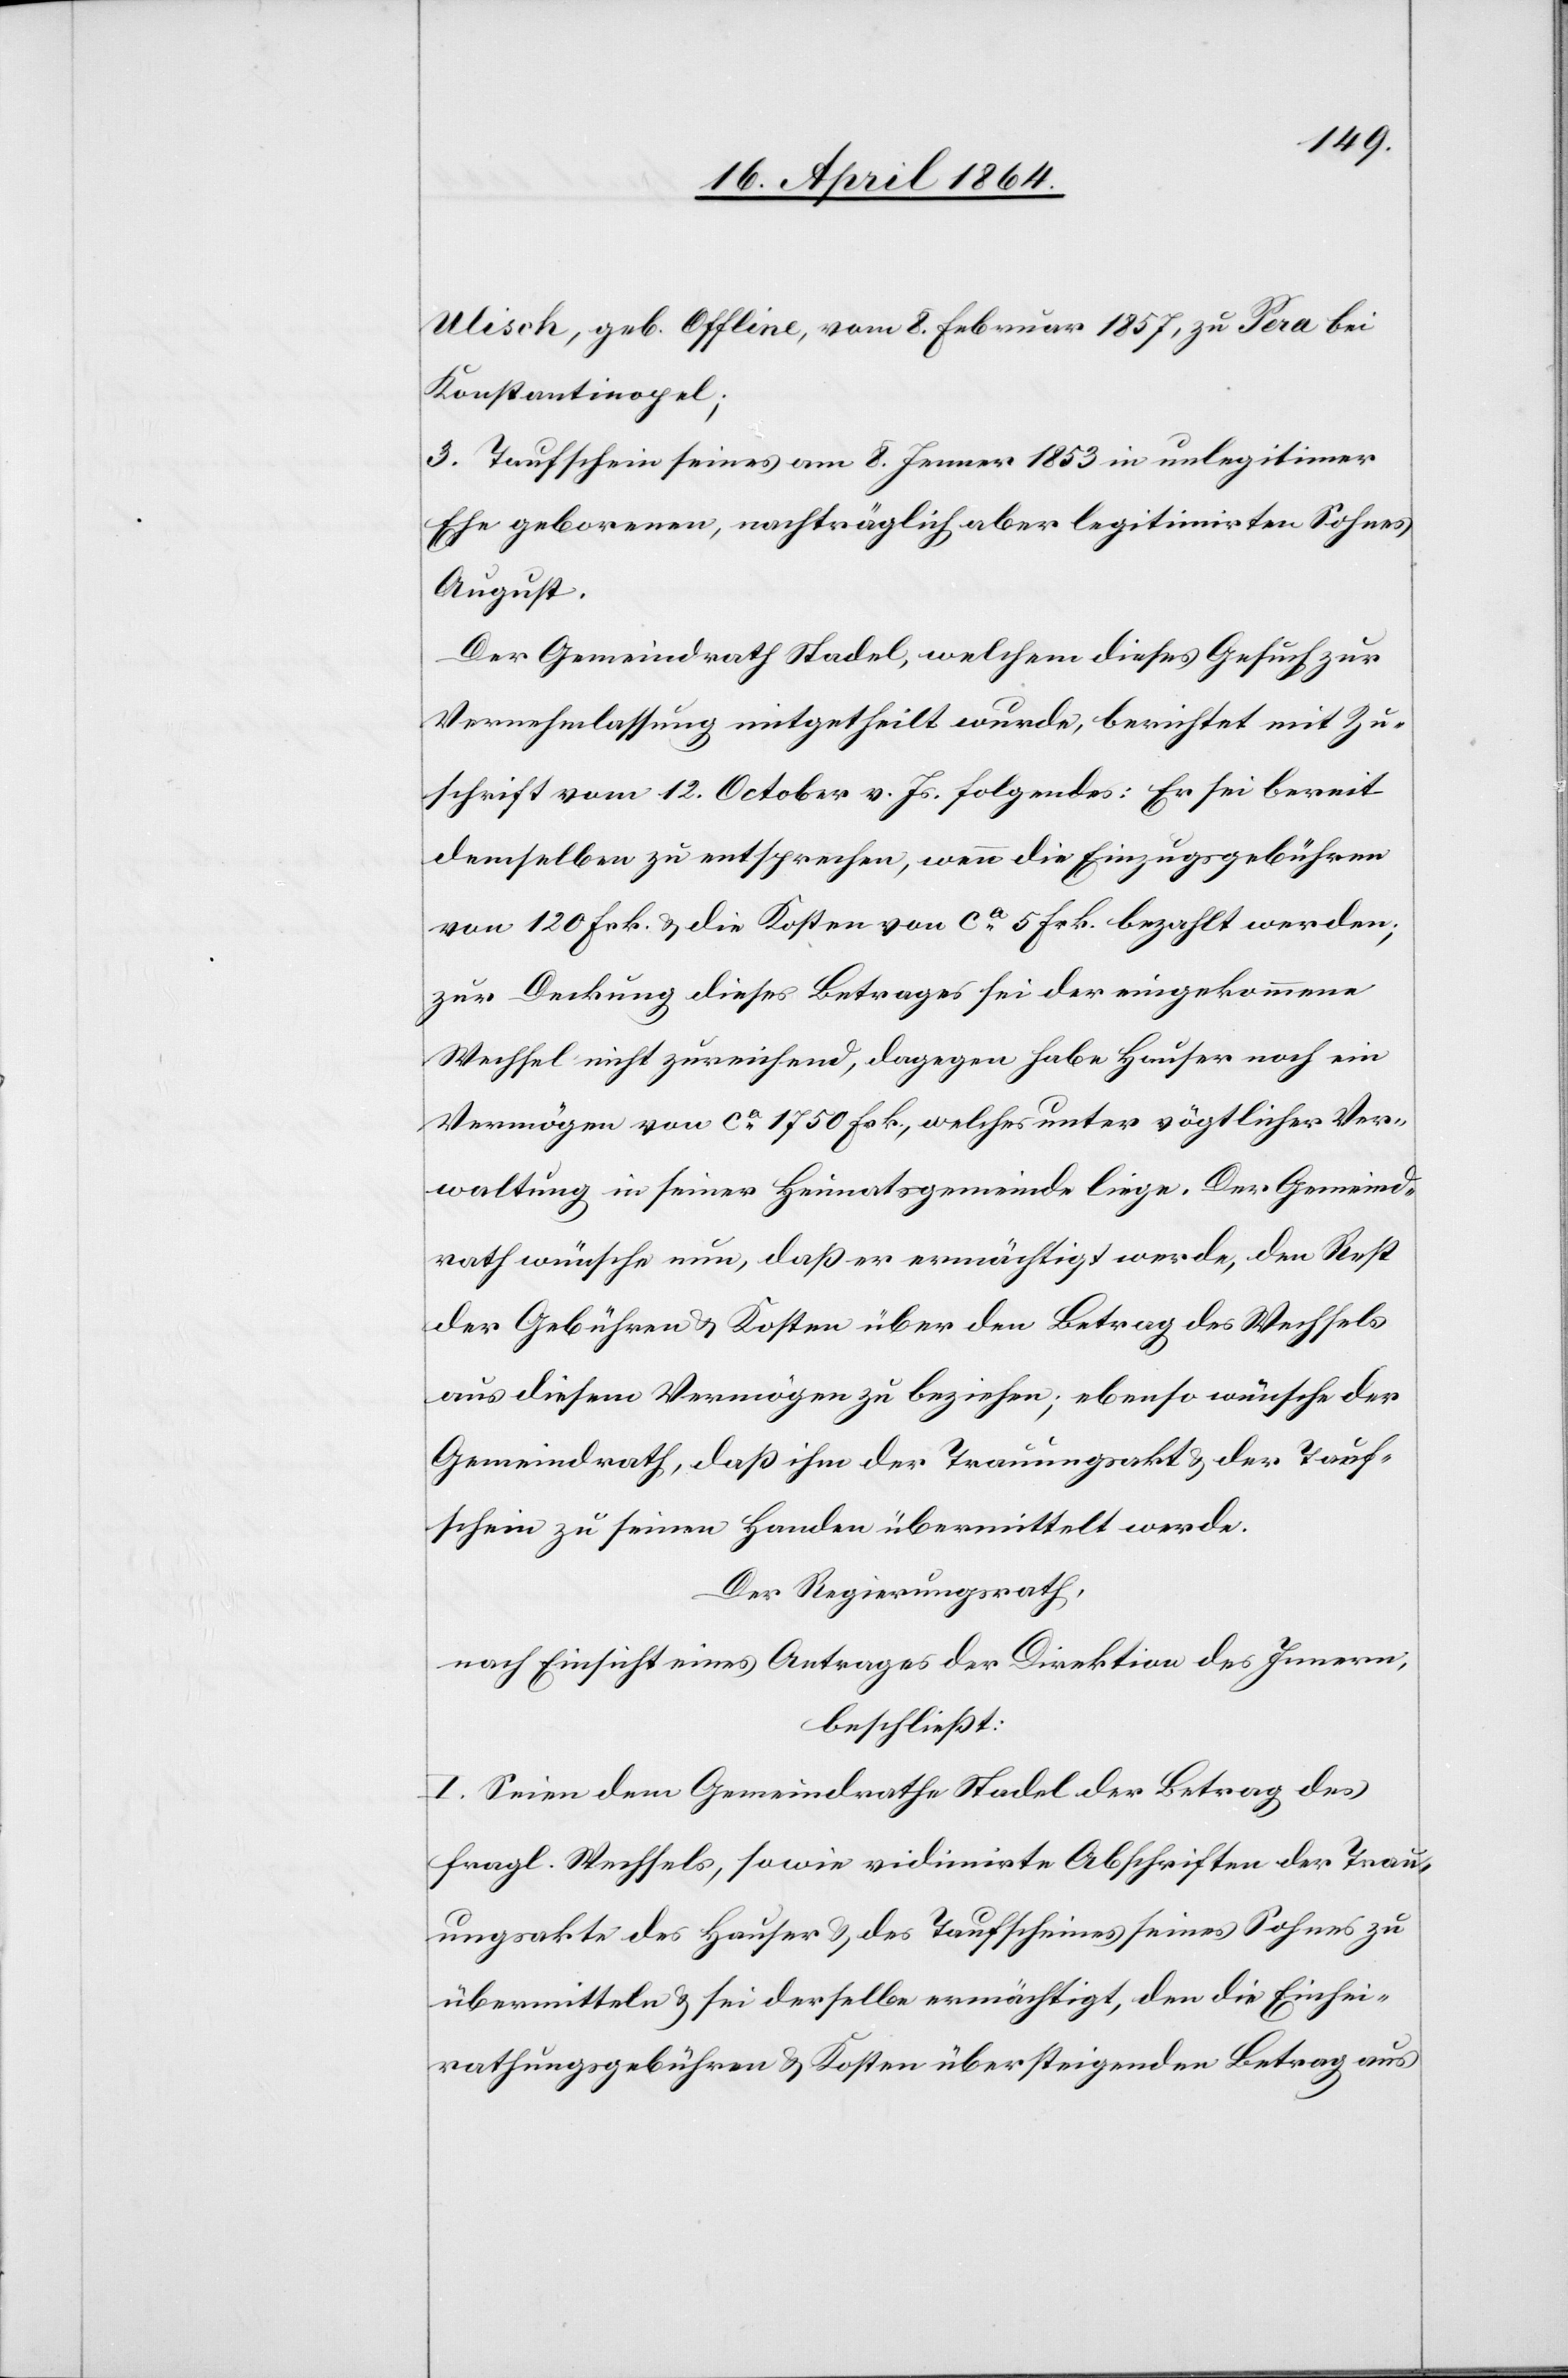
Ulisch, geb. Offline, vom 8. Februar 1857, zu Pera bei
Konstantinopel;
3. Taufschein seines am 8. Januar 1853 in unlegitimer
Ehe geborenen, nachträglich aber legitimirten Sohnes
August.
Der Gemeindrath Stadel, welchem dieses Gesuch zur
Vernehmlassung mitgetheilt wurde, berichtet mit Zu¬
schrift vom 12. October v. Js. folgendes: Er sei bereit
demselben zu entsprechen, wenn die Einzugsgebühren
von 120 Frk. u. die Kosten von ca 5 Frk. bezahlt werden;
zur Deckung dieses Betrages sei der eingekommene
Wechsel nicht zureichend, dagegen habe Hauser noch ein
Vermögen von ca 1750 Frk., welches unter vögtlicher Ver¬
waltung in seiner Heimatsgemeinde liege. Der Gemeind¬
rath wünsche nun, daß er ermächtigt werde, den Rest
der Gebühren u. Kosten über den Betrag des Wechsels
aus diesem Vermögen zu beziehen; ebenso wünsche der
Gemeindrath, daß ihm der Trauungsakt u. der Tauf¬
schein zu seiner Handen übermittelt werde.
Der Regierungsrath,
nach Einsicht eines Antrages der Direktion des Innern,
beschließt:
I. Seien dem Gemeindrathe Stadel der Betrag des
fragl. Wechsels, sowie vidimirte Abschriften der Trau¬
ungsakte des Hauser u. des Taufscheines seines Sohnes zu
übermitteln u. sei derselbe ermächtigt, den die Einhei¬
rathungsgebühren u. Kosten übersteigenden Betrag aus